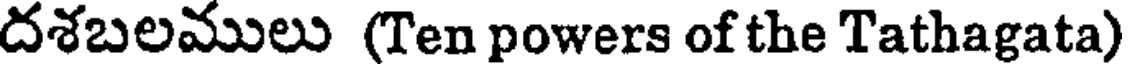
దశబలములు (Ten powers of the Tathagata)